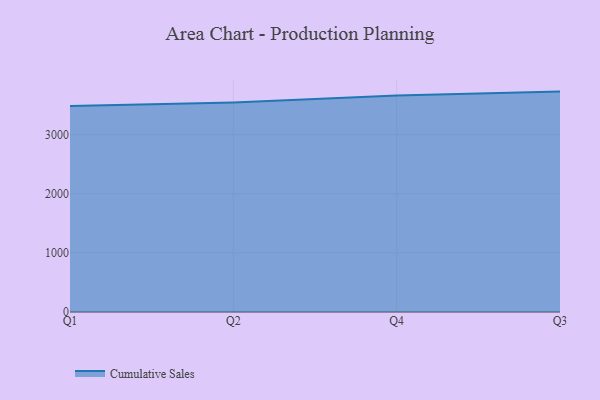
{"axis": {"x": "Quarter", "y": "Waste Production (Tons)"}, "legend": ["Cumulative Sales"], "data": [{"x": "Q1", "y": 3482.6, "type": "Cumulative Sales"}, {"x": "Q2", "y": 3542.2, "type": "Cumulative Sales"}, {"x": "Q4", "y": 3661.5, "type": "Cumulative Sales"}, {"x": "Q3", "y": 3725.4, "type": "Cumulative Sales"}]}